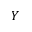
Y